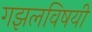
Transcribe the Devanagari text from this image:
गझलविषयी